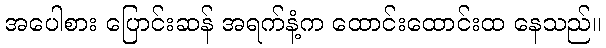
အပေါစား ပြောင်းဆန် အရက်နံ့က ထောင်းထောင်းထ နေသည်။